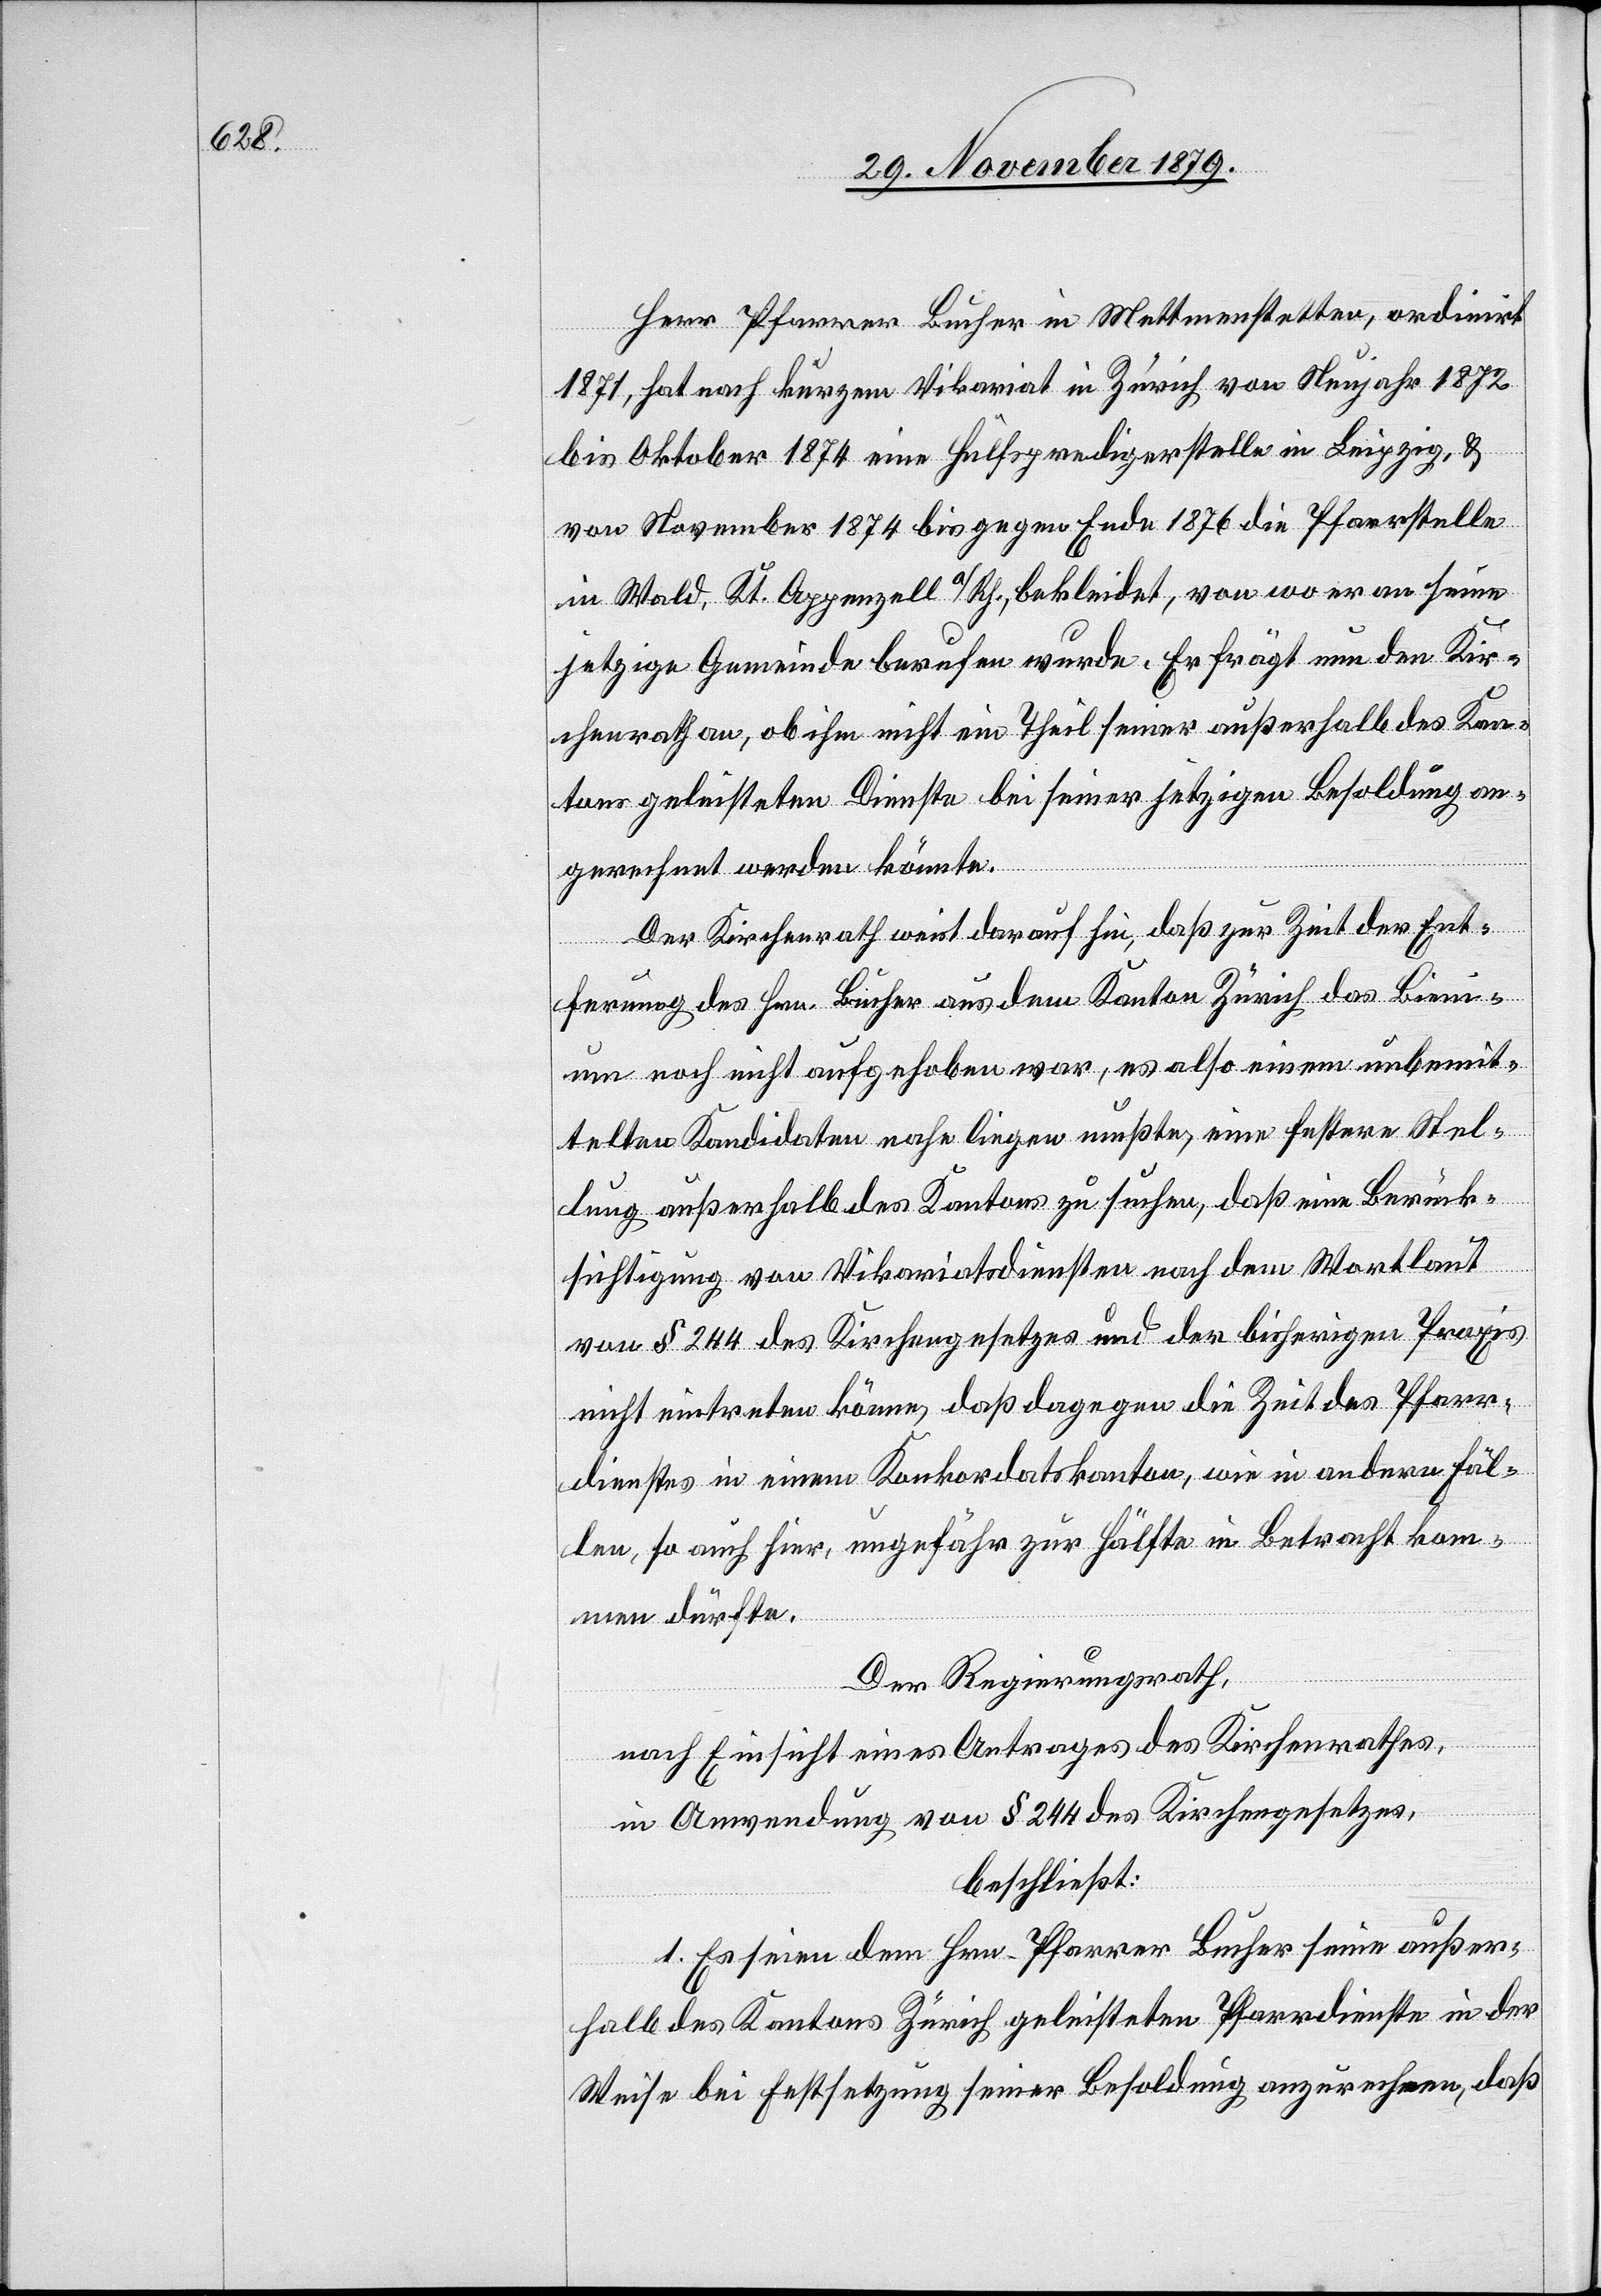
Herr Pfarrer Bucher in Mettmenstetten, ordinirt
1871, hat nach kurzem Vikariat in Zürich von Neujahr 1872
bis Oktober 1874 eine Hülfspredigerstelle in Leipzig, &
von November 1874 bis gegen Ende 1876 die Pfarrstelle
in Wald, Kt. Appenzell a/Rh. bekleidet, von wo er an seine
jetzige Gemeinde berufen wurde. Er frägt nun den Kir¬
chenrath an, ob ihm nicht ein Theil seiner außerhalb des Kan¬
tons geleisteten Dienste bei seiner jetzigen Besoldung an¬
gerechnet werden könnte.
Der Kirchenrath weist darauf hin, daß zur Zeit der Ent¬
fernung des Hrn. Bucher aus dem Kanton Zürich das Bieni¬
um noch nicht aufgehoben war, es also einem unbemit¬
telten Kandidaten nahe liegen mußte, eine festere Stel¬
lung außerhalb des Kantons zu suchen, daß eine Berück¬
sichtigung von Vikariatsdiensten nach dem Wortlaut
von § 244 des Kirchengesetzes und der bisherigen Praxis
nicht eintreten könne, daß dagegen die Zeit des Pfarr¬
dienstes in einem Konkordatskanton, wie in andern Fäl¬
len, so auch hier, ungefähr zur Hälfte in Betracht kom¬
men dürfte.
Der Regierungsrath,
nach Einsicht eines Antrages des Kirchenrathes,
in Anwendung von § 244 des Kirchengesetzes,
beschließt:
1. Es seien dem Hrn. Pfarrer Bucher seine außer¬
halb des Kantons Zürich geleisteten Pfarrdienste in der
Weise bei Festsetzung seiner Besoldung anzurechnen, daß